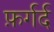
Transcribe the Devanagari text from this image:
फ़र्गर्द